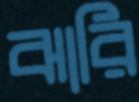
ঝারি